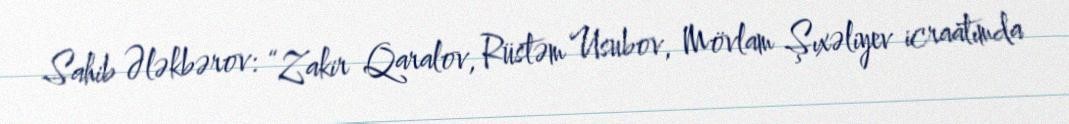
Sahib Ələkbərov: “Zakir Qaralov, Rüstəm Usubov, Mövlam Şıxəliyev icraatımda